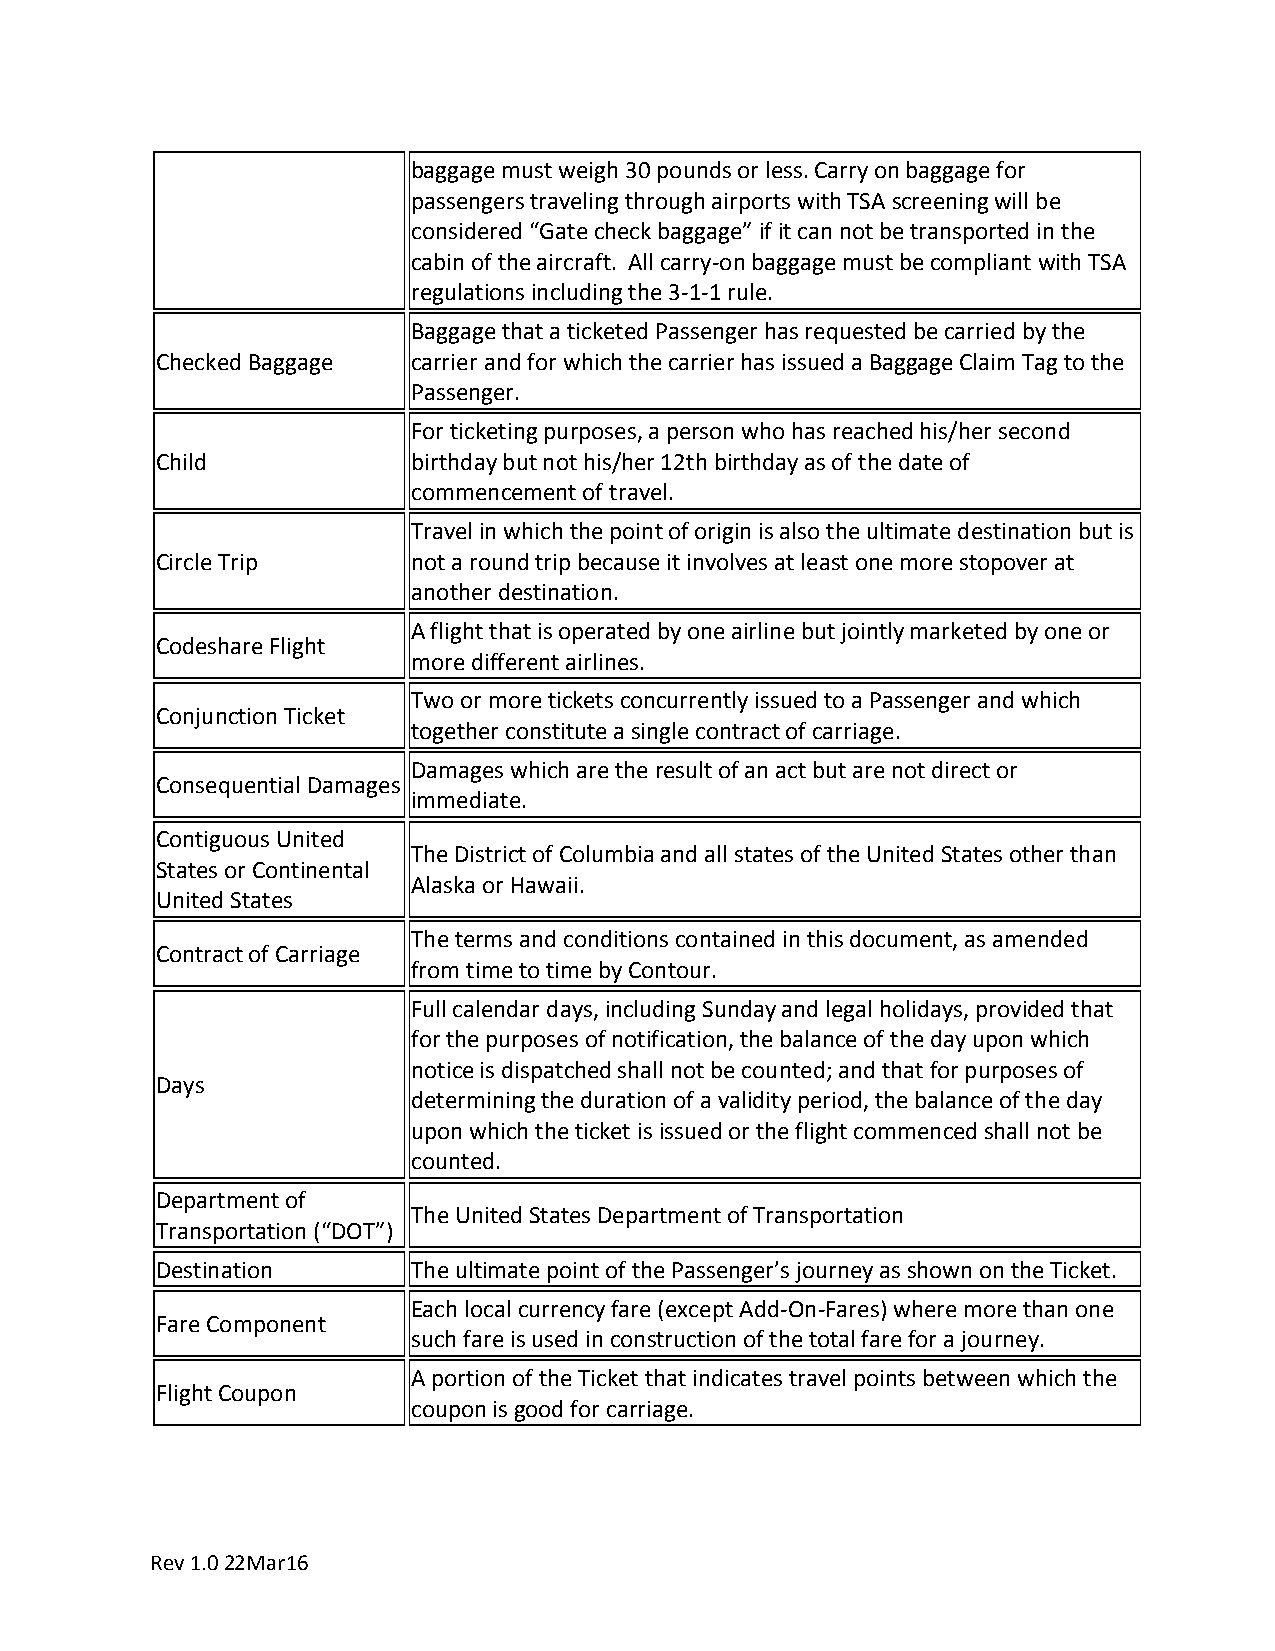
baggage must weigh 30 pounds or less. Carry on baggage for
 passengers traveling through airports with TSA screening will be
 considered “Gate check baggage” if it can not be transported in the
 cabin of the aircraft. All carry-on baggage must be compliant with TSA
 regulations including the 3-1-1 rule.
 Baggage that a ticketed Passenger has requested be carried by the
 Checked Baggage  carrier and for which the carrier has issued a Baggage Claim Tag to the
 Passenger.
 For ticketing purposes, a person who has reached his/her second
 Child            birthday but not his/her 12th birthday as of the date of
 commencement of travel.
 Travel in which the point of origin is also the ultimate destination but is
 Circle Trip      not a round trip because it involves at least one more stopover at
 another destination.
 A flight that is operated by one airline but jointly marketed by one or
 Codeshare Flight
 more different airlines.
 Two or more tickets concurrently issued to a Passenger and which
 Conjunction Ticket
 together constitute a single contract of carriage.
 Damages which are the result of an act but are not direct or
 Consequential Damages
 immediate.
 Contiguous United
 The District of Columbia and all states of the United States other than
 States or Continental
 Alaska or Hawaii.
 United States
 The terms and conditions contained in this document, as amended
 Contract of Carriage
 from time to time by Contour.
 Full calendar days, including Sunday and legal holidays, provided that
 for the purposes of notification, the balance of the day upon which
 notice is dispatched shall not be counted; and that for purposes of
 Days
 determining the duration of a validity period, the balance of the day
 upon which the ticket is issued or the flight commenced shall not be
 counted.
 Department of
 The United States Department of Transportation
 Transportation (“DOT”)
 Destination      The ultimate point of the Passenger’s journey as shown on the Ticket.
 Each local currency fare (except Add-On-Fares) where more than one
 Fare Component
 such fare is used in construction of the total fare for a journey.
 A portion of the Ticket that indicates travel points between which the
 Flight Coupon
 coupon is good for carriage.
 Rev 1.0 22Mar16